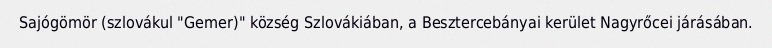
Sajógömör (szlovákul "Gemer)" község Szlovákiában, a Besztercebányai kerület Nagyrőcei járásában.